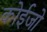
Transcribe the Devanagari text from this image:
कोईजो